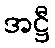
အဋ္ဌီ